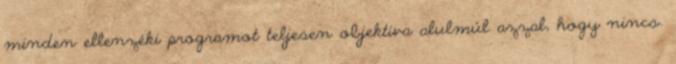
minden ellenzéki programot teljesen objektíva alulmúl azzal, hogy nincs.